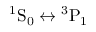
\mathrm { ^ 1 S _ { 0 } \leftrightarrow { ^ 3 P } _ { 1 } }